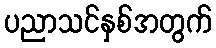
ပညာသင်နှစ်အတွက်